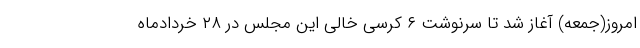
امروز(جمعه) آغاز شد تا سرنوشت ۶ کرسی خالی این مجلس در ۲۸ خردادماه